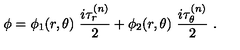
\phi = \phi _ { 1 } ( r , \theta ) \ \frac { i \tau _ { r } ^ { ( n ) } } { 2 } + \phi _ { 2 } ( r , \theta ) \ \frac { i \tau _ { \theta } ^ { ( n ) } } { 2 } \ .